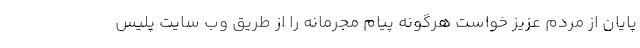
پایان از مردم عزیز خواست هرگونه پیام مجرمانه را از طریق وب سایت پلیس